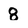
Character: 8